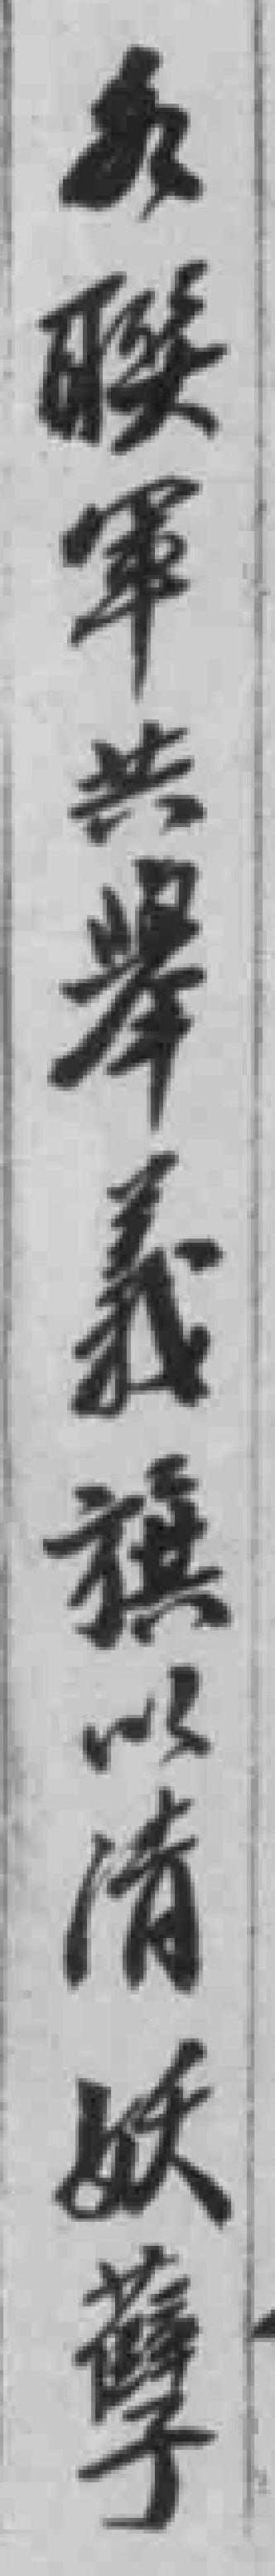
*聯軍共舉義旗以清妖孽